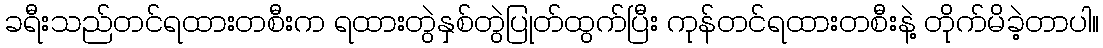
ခရီးသည်တင်ရထားတစီးက ရထားတွဲနှစ်တွဲပြုတ်ထွက်ပြီး ကုန်တင်ရထားတစီးနဲ့ တိုက်မိခဲ့တာပါ။